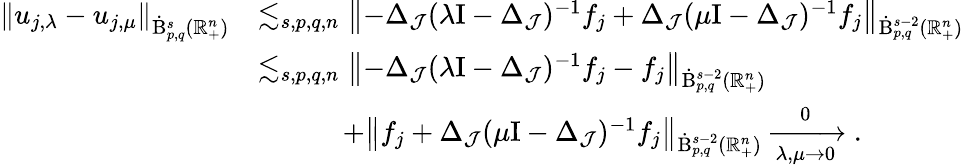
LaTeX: \begin{array}{rl}{\left\lVert u_{j,\lambda}-u_{j,\mu}\right\rVert_{\dot{\mathrm{B}}_{p,q}^{s}(\mathbb{R}_{+}^{n})}}&{\lesssim_{s,p,q,n}\left\lVert-\Delta_{\mathcal{J}}(\lambda\mathrm{I}-\Delta_{\mathcal{J}})^{-1}f_{j}+\Delta_{\mathcal{J}}(\mu\mathrm{I}-\Delta_{\mathcal{J}})^{-1}f_{j}\right\rVert_{\dot{\mathrm{B}}_{p,q}^{s-2}(\mathbb{R}_{+}^{n})}}\\ &{\lesssim_{s,p,q,n}\left\lVert-\Delta_{\mathcal{J}}(\lambda\mathrm{I}-\Delta_{\mathcal{J}})^{-1}f_{j}-f_{j}\right\rVert_{\dot{\mathrm{B}}_{p,q}^{s-2}(\mathbb{R}_{+}^{n})}}\\ &{\qquad\quad+\left\lVert f_{j}+\Delta_{\mathcal{J}}(\mu\mathrm{I}-\Delta_{\mathcal{J}})^{-1}f_{j}\right\rVert_{\dot{\mathrm{B}}_{p,q}^{s-2}(\mathbb{R}_{+}^{n})}\xrightarrow[\lambda,\mu\rightarrow 0]0\mathrm{.~}}\end{array}